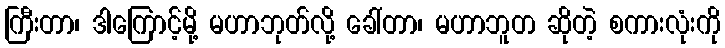
ကြီးတာ၊ ဒါကြောင့်မို့ မဟာဘုတ်လို့ ခေါ်တာ၊ မဟာဘူတ ဆိုတဲ့ စကားလုံးကို